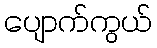
ပျောက်ကွယ်